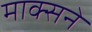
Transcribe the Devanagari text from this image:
माक्सने